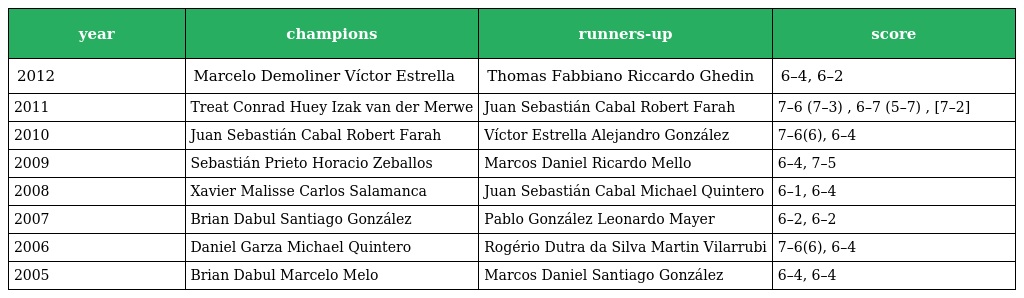
| year | champions | runners-up | score |
 | --- | --- | --- | --- |
 | 2012 | Marcelo Demoliner Víctor Estrella | Thomas Fabbiano Riccardo Ghedin | 6–4, 6–2 |
 | 2011 | Treat Conrad Huey Izak van der Merwe | Juan Sebastián Cabal Robert Farah | 7–6 (7–3) , 6–7 (5–7) , [7–2] |
 | 2010 | Juan Sebastián Cabal Robert Farah | Víctor Estrella Alejandro González | 7–6(6), 6–4 |
 | 2009 | Sebastián Prieto Horacio Zeballos | Marcos Daniel Ricardo Mello | 6–4, 7–5 |
 | 2008 | Xavier Malisse Carlos Salamanca | Juan Sebastián Cabal Michael Quintero | 6–1, 6–4 |
 | 2007 | Brian Dabul Santiago González | Pablo González Leonardo Mayer | 6–2, 6–2 |
 | 2006 | Daniel Garza Michael Quintero | Rogério Dutra da Silva Martin Vilarrubi | 7–6(6), 6–4 |
 | 2005 | Brian Dabul Marcelo Melo | Marcos Daniel Santiago González | 6–4, 6–4 |